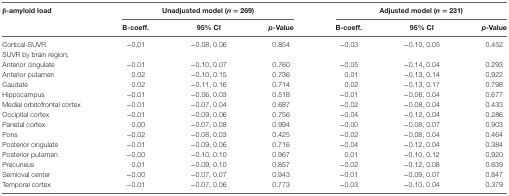
<table><thead><tr><td><b>β-amyloid load</b></td><td colspan="3"><b>Unadjusted model (<i>n</i> = 269)</b></td><td colspan="3"><b>Adjusted model (<i>n</i> = 231)</b></td></tr><tr><td></td><td><b>B-coeff.</b></td><td><b>95% CI</b></td><td><b><i>p</i>-Value</b></td><td><b>B-coeff.</b></td><td><b>95% CI</b></td><td><b><i>p</i>-Value</b></td></tr></thead><tbody><tr><td>Cortical-SUVR</td><td>−0.01</td><td>−0.08, 0.06</td><td>0.854</td><td>−0.03</td><td>−0.10, 0.05</td><td>0.452</td></tr><tr><td>SUVR by brain region;</td><td></td><td></td><td></td><td></td><td></td><td></td></tr><tr><td>Anterior cingulate</td><td>−0.01</td><td>−0.10, 0.07</td><td>0.760</td><td>−0.05</td><td>−0.14, 0.04</td><td>0.293</td></tr><tr><td>Anterior putamen</td><td>0.02</td><td>−0.10, 0.15</td><td>0.736</td><td>0.01</td><td>−0.13, 0.14</td><td>0.922</td></tr><tr><td>Caudate</td><td>0.02</td><td>−0.11, 0.16</td><td>0.714</td><td>0.02</td><td>−0.13, 0.17</td><td>0.798</td></tr><tr><td>Hippocampus</td><td>−0.01</td><td>−0.06, 0.03</td><td>0.518</td><td>−0.01</td><td>−0.06, 0.04</td><td>0.677</td></tr><tr><td>Medial orbitofrontal cortex</td><td>−0.01</td><td>−0.07, 0.04</td><td>0.687</td><td>−0.02</td><td>−0.08, 0.04</td><td>0.433</td></tr><tr><td>Occipital cortex</td><td>−0.01</td><td>−0.09, 0.06</td><td>0.756</td><td>−0.04</td><td>−0.12, 0.04</td><td>0.286</td></tr><tr><td>Parietal cortex</td><td>0.00</td><td>−0.07, 0.08</td><td>0.994</td><td>−0.00</td><td>−0.08, 0.07</td><td>0.903</td></tr><tr><td>Pons</td><td>−0.02</td><td>−0.08, 0.03</td><td>0.425</td><td>−0.02</td><td>−0.08, 0.04</td><td>0.464</td></tr><tr><td>Posterior cingulate</td><td>−0.01</td><td>−0.09, 0.06</td><td>0.716</td><td>−0.04</td><td>−0.12, 0.04</td><td>0.384</td></tr><tr><td>Posterior putamen</td><td>−0.00</td><td>−0.10, 0.10</td><td>0.967</td><td>0.01</td><td>−0.10, 0.12</td><td>0.920</td></tr><tr><td>Precuneus</td><td>0.01</td><td>−0.09, 0.10</td><td>0.857</td><td>−0.02</td><td>−0.12, 0.08</td><td>0.639</td></tr><tr><td>Semioval center</td><td>−0.00</td><td>−0.07, 0.07</td><td>0.943</td><td>−0.01</td><td>−0.09, 0.07</td><td>0.847</td></tr><tr><td>Temporal cortex</td><td>−0.01</td><td>−0.07, 0.06</td><td>0.773</td><td>−0.03</td><td>−0.10, 0.04</td><td>0.379</td></tr></tbody></table>